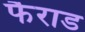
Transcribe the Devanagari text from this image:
फैराड